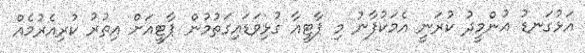
އަޅުގަނޑު އުންމީދު ކުރަނީ އެމަކުފާނު މި ޕާޓީއާ ގުޅިވަޑައިގަތުމުން ޕާޓީއަށް އިތުރު ކުރިއެރުމެއް